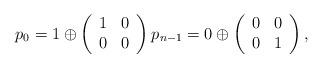
LaTeX: \begin{align*}p_0 = 1\oplus \left(\begin{array}{cc} 1 & 0 \\ 0 & 0 \end{array}\right)p_{n-1} = 0 \oplus \left(\begin{array}{cc} 0 & 0 \\ 0 & 1 \end{array}\right),\end{align*}